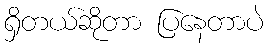
ရှိတယ်ဆိုတာ ပြနေတာပဲ